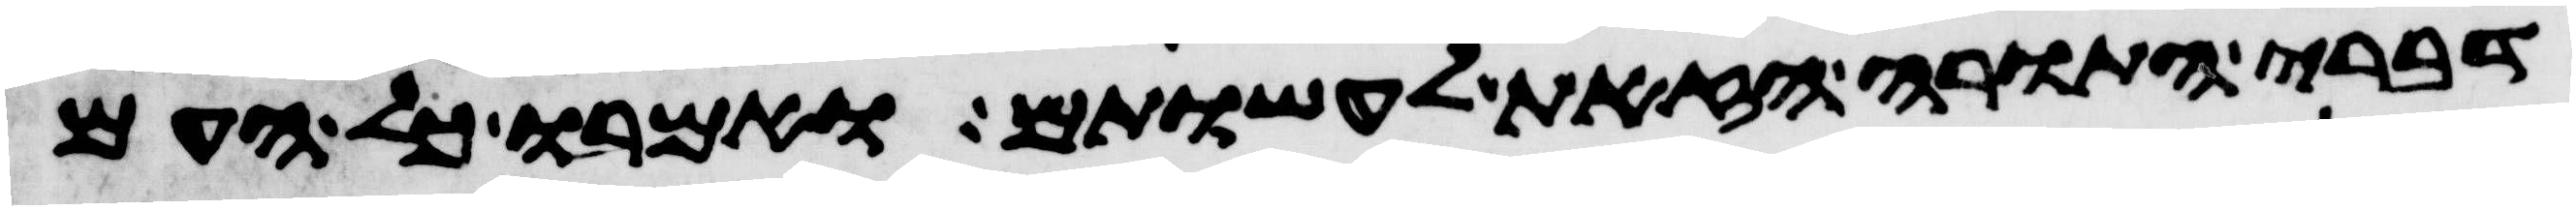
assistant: דברי התורה הזאת לעשותם ואמרו כל העם